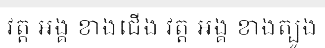
វត្ត អង្គ ខាងជើង វត្ត អង្គ ខាងត្បូង